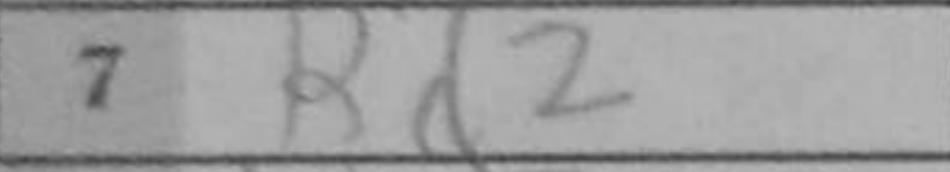
Transcription: Rd2